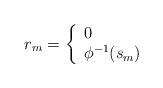
\begin{align*}r_m = \left\{\begin{array}{ll}0 & \\\phi^{-1}(s_m) &\end{array}\right.\end{align*}